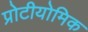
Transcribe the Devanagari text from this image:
प्रोटीयोमिक